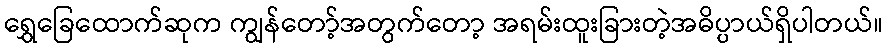
ရွှေခြေထောက်ဆုက ကျွန်တော့်အတွက်တော့ အရမ်းထူးခြားတဲ့အဓိပ္ပာယ်ရှိပါတယ်။